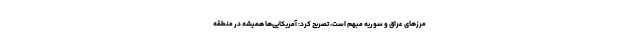
مرزهای عراق و سوریه مبهم است، تصریح کرد: آمریکایی‌ها همیشه در منطقه